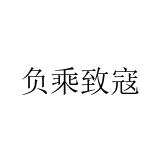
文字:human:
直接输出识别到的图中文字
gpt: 负乘致寇